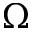
\Omega